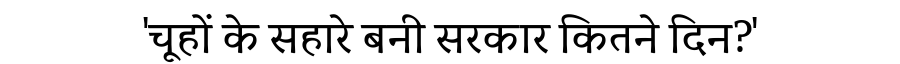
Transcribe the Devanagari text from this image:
'चूहों के सहारे बनी सरकार कितने दिन?'